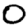
Digit: 0